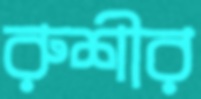
রুশীর